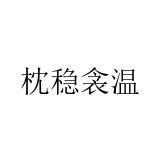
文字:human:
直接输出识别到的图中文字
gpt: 枕稳衾温